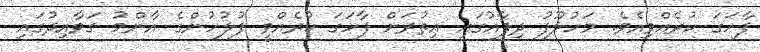
ފާހަގަ ކުރެއްވިއެވެ. މަހުލޫފު ދިފާާއުގައި އިތުރަށް ފާހަގަ ކުރެއްވީ ފުލުހުންގެ އާންމު ގަވާއިދުގައި